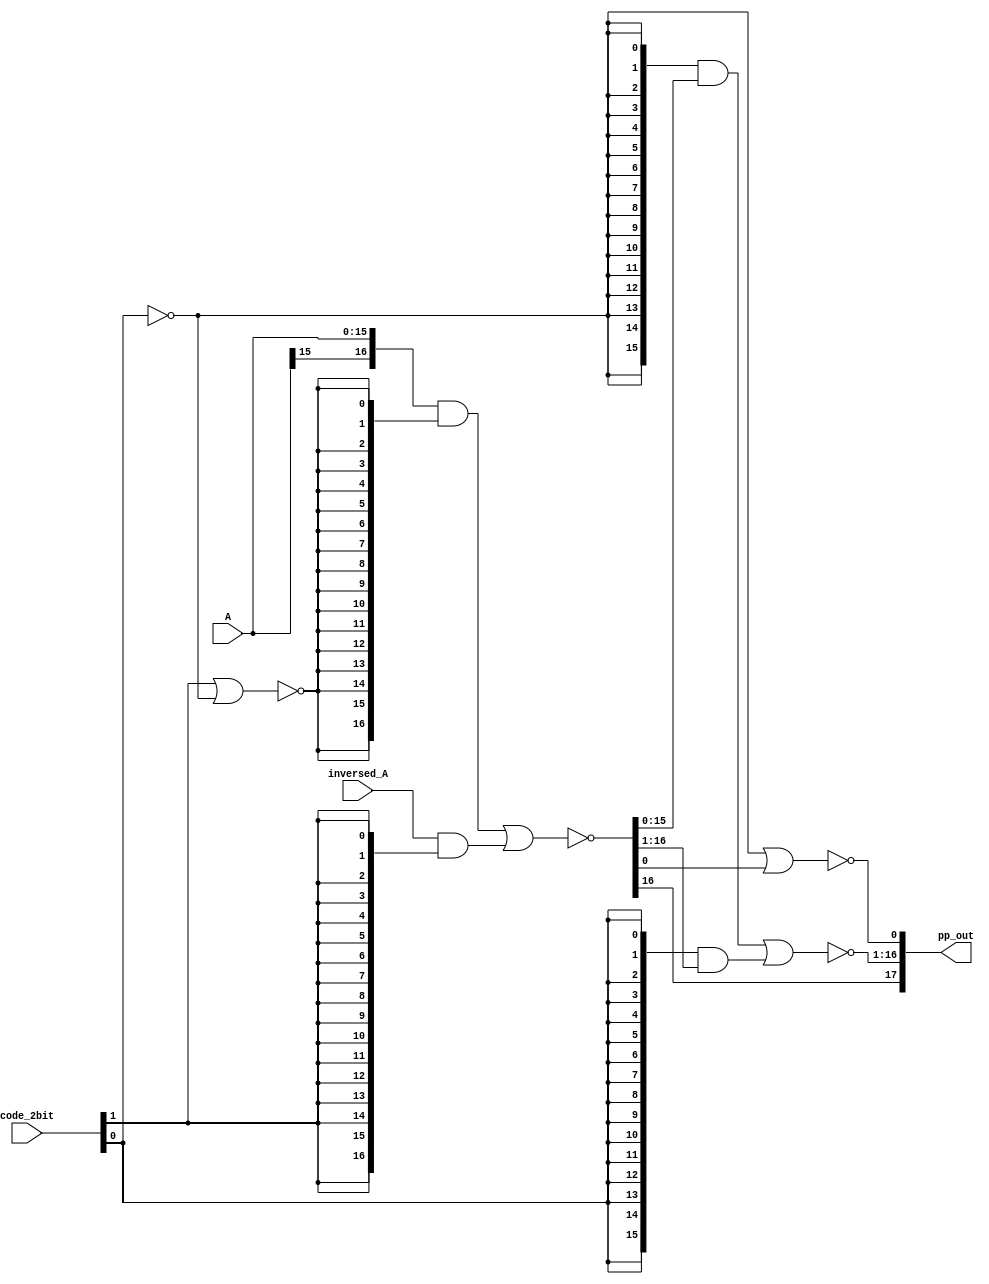
`timescale 1ns / 1ps
//////////////////////////////////////////////////////////////////////////////////
// Module Name: booth2_pp_decoder_pp1
// Description: pp1
//              boothbooth{b1,b0,b-1}
//              b-10,
// Resource:     //---------------------------------------------
                 //|  Gate  |  Gate count  | Transistor count  |
                 //---------------------------------------------
                 //|  AND   |  0           | 0                 | 
                 //|  OR    |  0           | 0                 |
                 //|  NOT   |  1           | 2                 |  
                 //|  NAND  |  0           | 0                 |
                 //|  NOR   |  2           | 8                 | 
                 //|  AOI4  |  33          | 264               |
                 //|  XNOR  |  0           | 0                 |
                 //|  XOR   |  0           | 0                 |
                 //---------------------------------------------
                 //| summary|  36          | 274               |
                 //---------------------------------------------
//////////////////////////////////////////////////////////////////////////////////


module booth2_pp_decoder_pp1(
        input wire  [1:0]       code_2bit   ,  //3bit booth,2bit,0
        input wire  [15:0]      A           ,  //A
        input wire  [16:0]      inversed_A  ,  //(-A)
        
        output wire [17:0]      pp_out         //,18bit,-2*16'h800018bit
    );
    
    wire [16:0] pp_source       ;//(),A-A
    
    //
    wire not_code0 ;
    assign not_code0 = ~code_2bit[0];
    
    
    //flag,
    //--------------------------------------------
    //|  pp  |  flag_2x  | flag_s1   |  flag_s2  |
    //--------------------------------------------
    //|  A   |     0     |     0     |     1     |
    //|  -A  |     0     |     1     |     0     |
    //|  2A  |     1     |     0     |     1     |   
    //|  -2A |     1     |     1     |     0     |
    //|  0   |     x     |     0     |     0     |    
    //---------------------------------------------
    
    //booth
    wire    flag_2x       ;
    wire    flag_s1       ;
    wire    flag_s2       ;    
    
    assign  flag_2x = not_code0;  //NOT
    assign  flag_s1 = code_2bit[1]; //
    assign  flag_s2 = ~(code_2bit[1] | not_code0);  //NOR
    
    //flag_2xflag,code_2bit[0]
    //
    wire    flag_not_2x = code_2bit[0];
    
    //A-A
    //A2A,A
    //-A-2A,-A
    //:,A,~A
    //17NOR
    assign pp_source = ~(({{A[15]}, A}  & {17{flag_s2}}) | (inversed_A & {17{flag_s1}}));
    
    
    //flag_2xflag_not_2x2
    
    //(pp_out[0])A-A1,2A-2A0
    //,pp_out[0]
    //1NOR
    assign pp_out[0] = ~(flag_2x | pp_source[0]);
    
    //flag_2xflag_not_2x,
    //pp_out[i] = flag_2x & (~pp_source[i-1]) + flag_not_2x & ~(pp_source[i])
    //,16pp_out[15:1]
    //16AOI4
    assign pp_out[16:1] = ~(({16{flag_2x}} & pp_source[15:0]) | ({16{flag_not_2x}} & pp_source[16:1]));
    
    //A-A,pp_source[17],pp_source[17] = pp_source[16]
    //pp_out[17] = ~(flag_2x & pp_source[16] + flag_not_2x & pp_source[17]) = 
    // = ~(flag_2x & pp_source[16] + flag_not_2x & pp_source[16]) = ~pp_source[16];
    
    //,0,1,
    //
    //
    assign pp_out[17] = pp_source[16];
endmodule